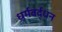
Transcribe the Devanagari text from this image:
धर्मवर्द्धन